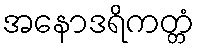
အနောဒရိကတ္တံ